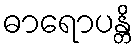
ဓာရောပန္တိ